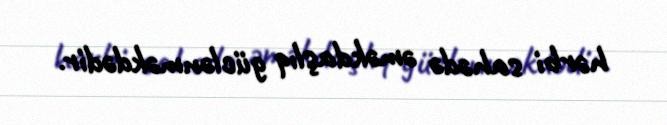
hərbi sahədə əməkdaşlıq güclənməkdədir.